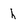
Character: h